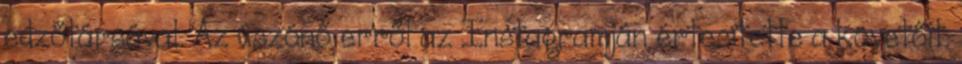
edzőtársával. Az úszónő erről az Instagramján értesítette a követőit.